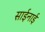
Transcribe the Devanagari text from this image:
साईनाई